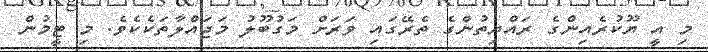
މި އީ ޔޫކުރެއިންގެ ރައްޔިތުންގެ ތެރޭގައި ވަރަށް މަގުބޫލު މަޖައްލާތަކެކެވެ. މި ޓީމުން